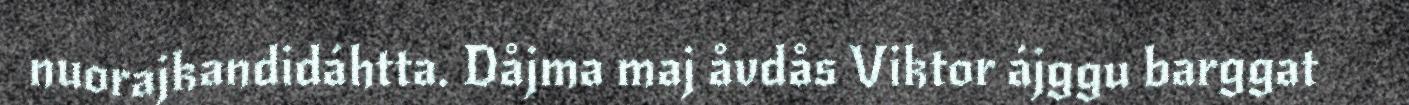
nuorajkandidáhtta. Dåjma maj åvdås Viktor ájggu barggat